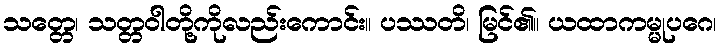
သတ္တေ၊ သတ္တဝါတို့ကိုလည်းကောင်း။ ပဿတိ၊ မြင်၏။ ယထာကမ္မုပဂေ၊